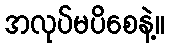
အလုပ်မပိစေနဲ့။